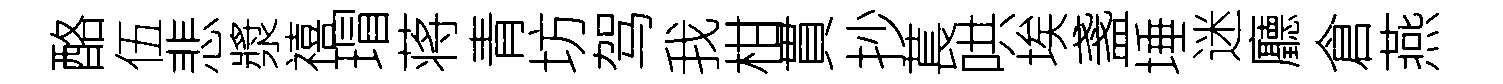
酪伍悲漿禧瑁蒋青坊驾我柑貫抄萇哄埃盞埵迷廳倉燕